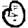
Digit: 0